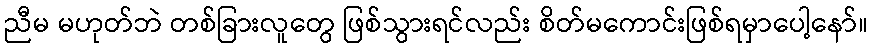
ညီမ မဟုတ်ဘဲ တစ်ခြားလူတွေ ဖြစ်သွားရင်လည်း စိတ်မကောင်းဖြစ်ရမှာပေါ့နော်။